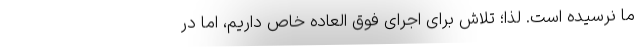
ما نرسیده است. لذا؛ تلاش برای اجرای فوق العاده خاص داریم، اما در